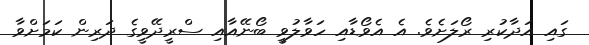
ގައި އަދާކުރި ރޯލަށެވެ. އެ އެވޯޑާއި ހަވާލުވީ ބޯނޭއާއި ސްރީދޭވީގެ ދަރިން ކަމަށްވާ